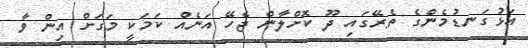
އަޅުގަނޑުމެންގެ ތެރޭގައި ދޫ ކޮށްލާން ޖެހޭ އަނެއް ކަމަކީ މަގަށް އިން ވާ